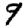
Digit: 9